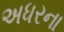
અધરના